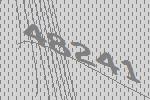
48241